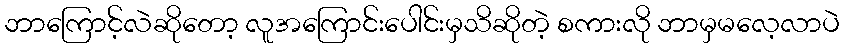
ဘာကြောင့်လဲဆိုတော့ လူအကြောင်းပေါင်းမှသိဆိုတဲ့ စကားလို ဘာမှမလေ့လာပဲ